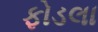
ફોડલા